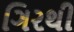
ગિરથી